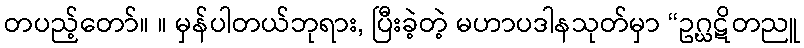
တပည့်တော်။ ။ မှန်ပါတယ်ဘုရား, ပြီးခဲ့တဲ့ မဟာပဒါနသုတ်မှာ “ဥဂ္ဃဋိတညူ